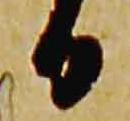
日